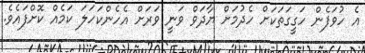
އެ ހުވަފެން ހަގީގަތަކަށް ހެދުމަށް ޔާދަވް ވަނީ ވަރަށް އެހެންކަހަލަ ކަމެއް ކޮށްފައެވެ.